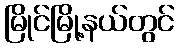
မြိုင်မြို့နယ်တွင်